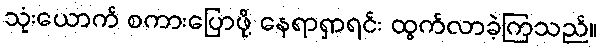
သုံးယောက် စကားပြောဖို့ နေရာရှာရင်း ထွက်လာခဲ့ကြသည်။